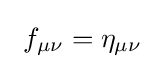
\ f_{\mu \nu }=\eta _{\mu \nu }\